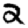
Digit: 2